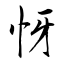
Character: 㤉